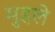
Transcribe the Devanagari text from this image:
मुहले